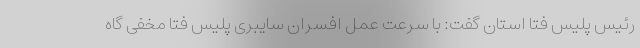
رئیس پلیس فتا استان گفت: با سرعت عمل افسران سایبری پلیس فتا مخفی گاه